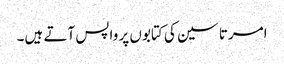
امرتا سین کی کتابوں پر واپس آتے ہیں۔